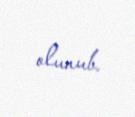
olunub.